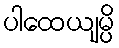
ပါထေယျမ္ပိ